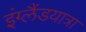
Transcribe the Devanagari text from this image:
इंग्लैंडयात्रा